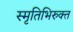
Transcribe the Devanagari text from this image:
स्मृतिभिरुक्त